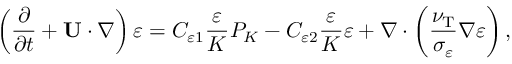
\left( { \frac { \partial } { \partial t } + { \bf { U } } \cdot \nabla } \right) \varepsilon = C _ { \varepsilon 1 } \frac { \varepsilon } { K } P _ { K } - C _ { \varepsilon 2 } \frac { \varepsilon } { K } \varepsilon + \nabla \cdot \left( { \frac { \nu _ { \mathrm { { T } } } } { \sigma _ { \varepsilon } } \nabla \varepsilon } \right) ,